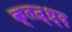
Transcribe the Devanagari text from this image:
क्तन्र्थ्र्द